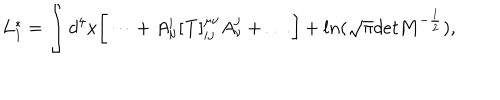
L _ { 1 } ^ { * } = \int d ^ { 4 } x \bigg [ \dots + A _ { \mu } ^ { i } [ { \bf T } ] _ { i j } ^ { \mu \nu } A _ { \nu } ^ { j } + \dots \bigg ] + l n ( \sqrt \pi d e t { \bf M } ^ { - \frac 1 2 } ) ,